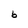
Character: 6